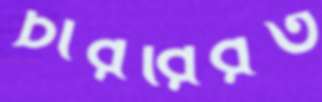
চাররিরত